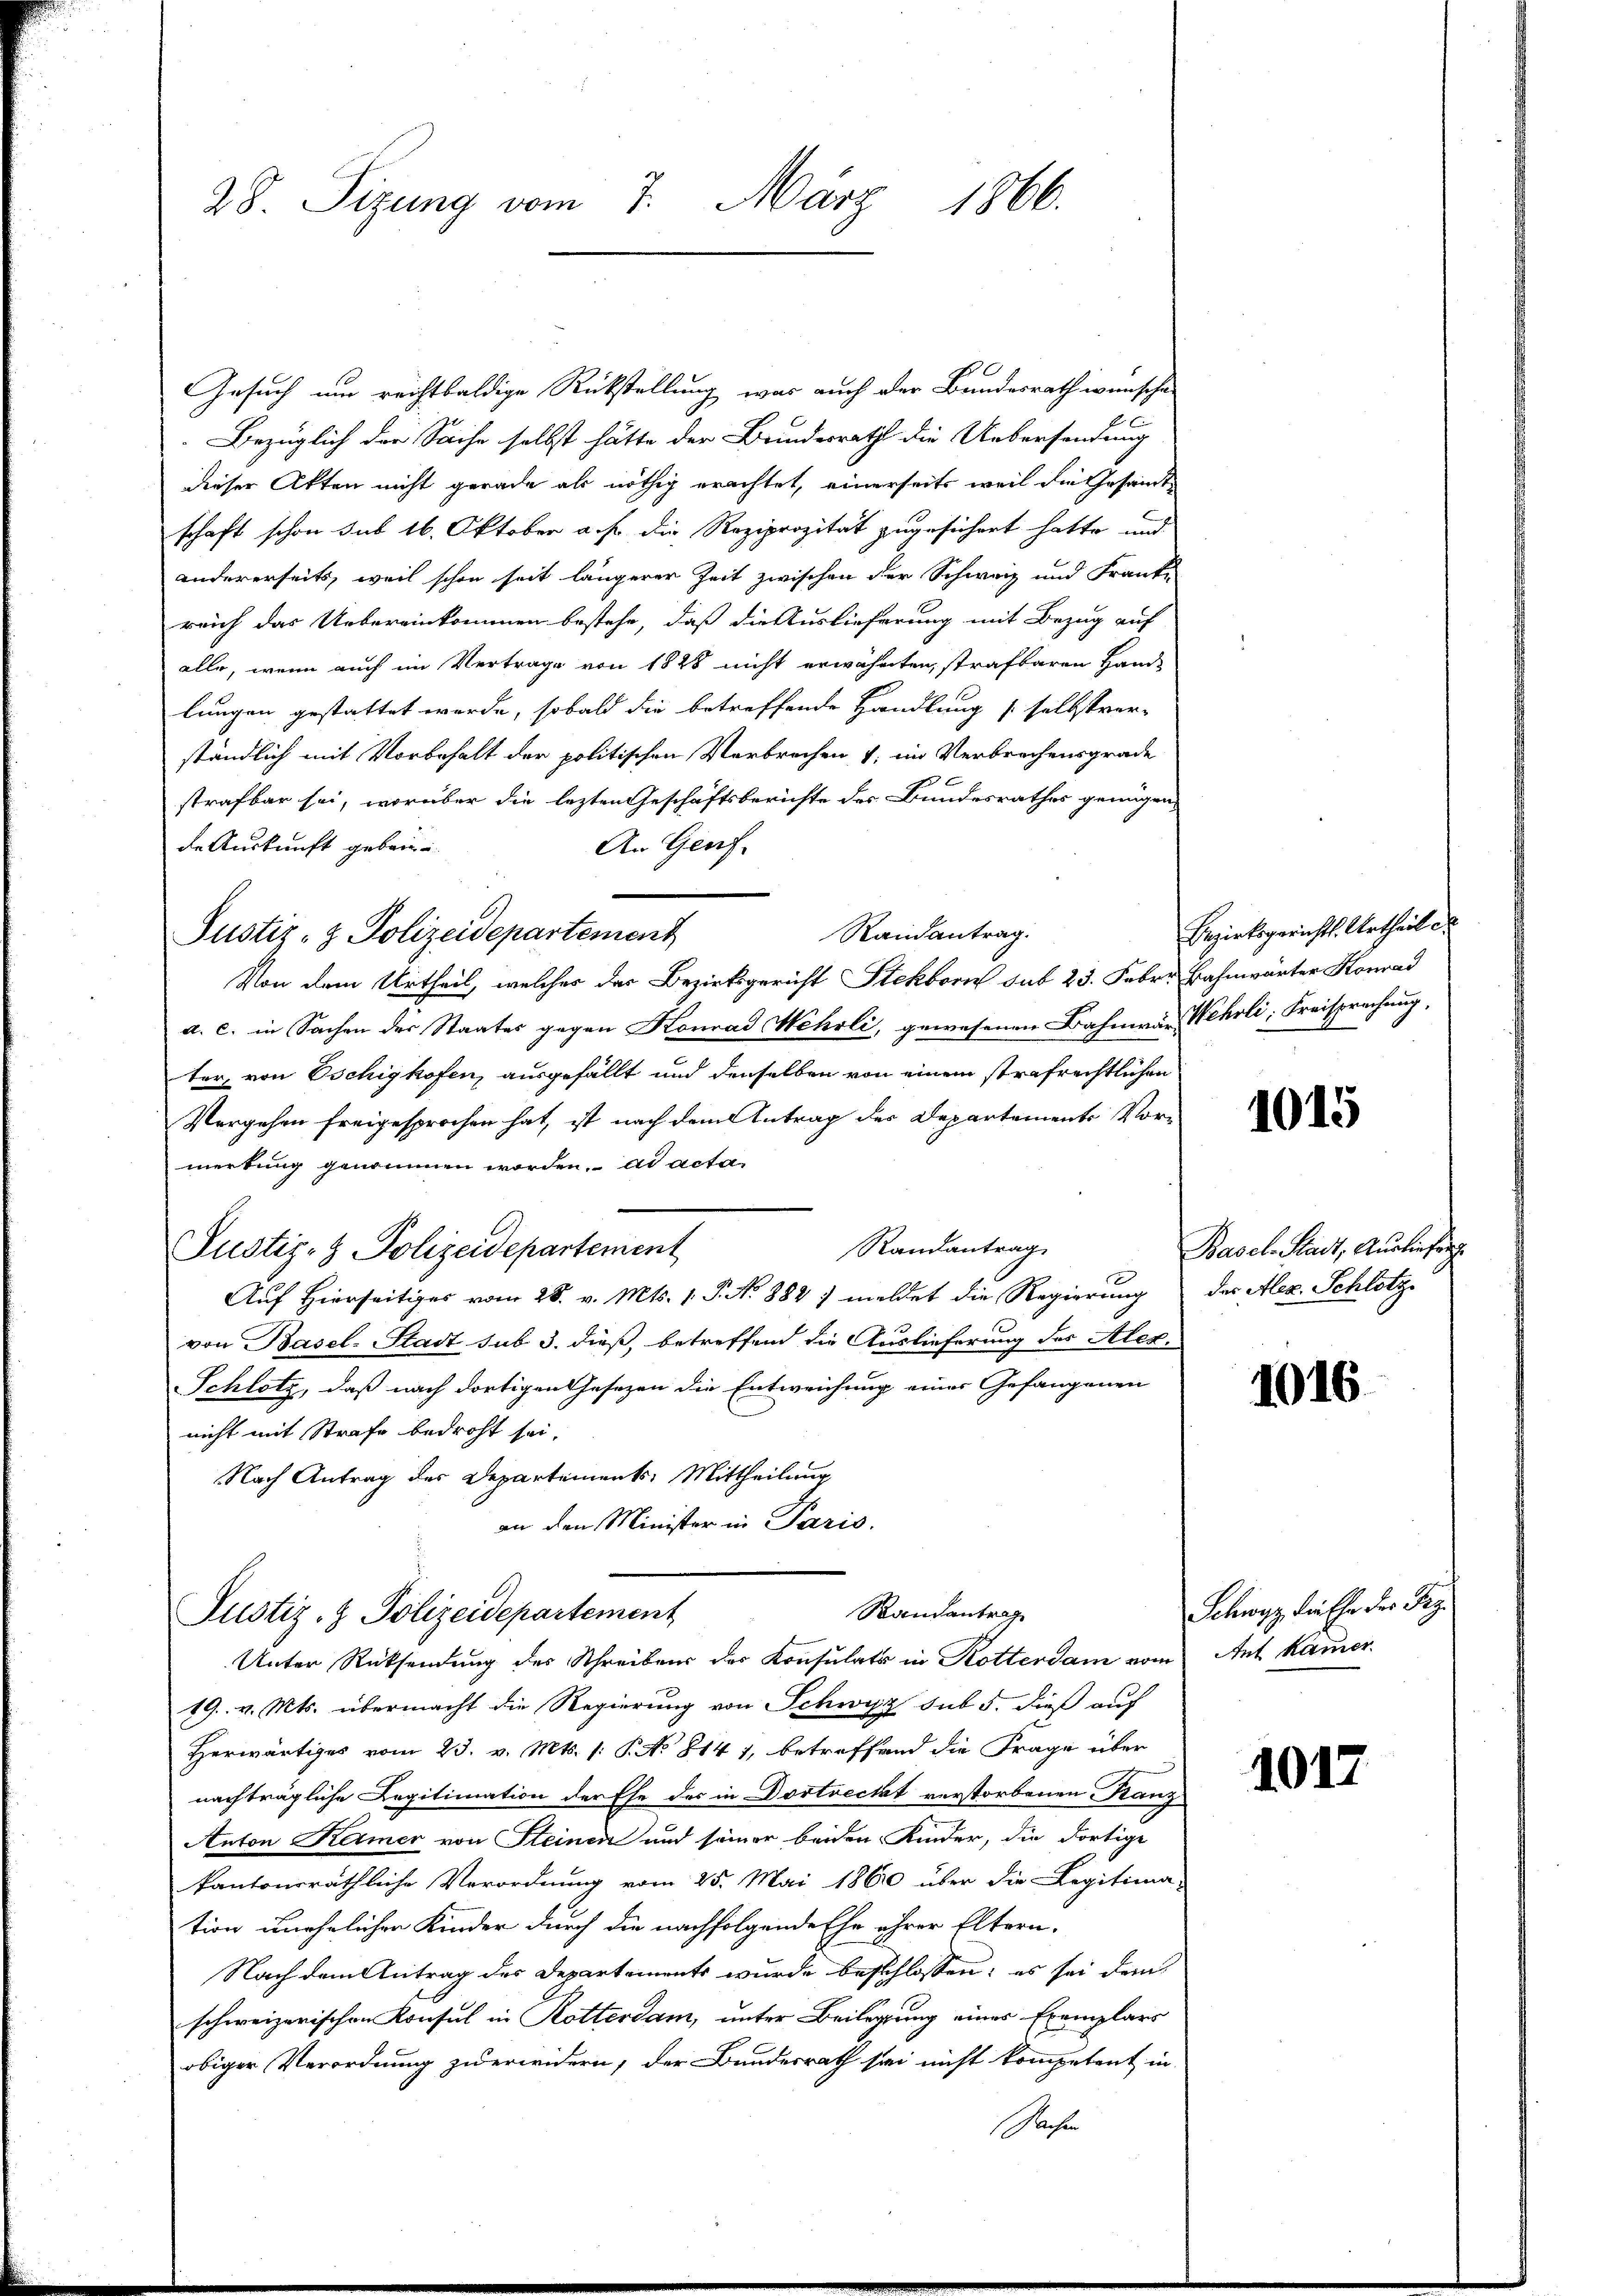
28. Sizung vom 7. März 1866.

Gesuch um reichtsaldige Rückstellung was auch der Bundesrath wünsche
Bezüglich der Sache selbst hätte der Brundesrath die Uebersendung
dieser Akten nicht gerade als nöthig erachtet, einerseits weil die Gesamt
schaft schon sub 16. Oktober a. f. die Reziprozität zugesichert hatte und
andererseits, weil schon seit längerer Zeit zwischen der Schweiz und Franke
reich das Uebereinkommen bestehe, daß die Auslieferung mit Bezug auf
alle, wenn auch im Vertrage von 1828 nicht erwähnten, strafbaren Hand-
lungen gestattet werde, sobald die betreffende Handlung / selbstver-
ständlich mit Vorbehalt der politischen Verbrechen 4, im Verbrechensgrade
strafbar sei, worüber die lezten Geschäftsberichte des Bundesrathes genügen,
de Auskunft geben
An Genf.
Randantrag.
Justiz- & Polizeidepartement
Von dem Urtheil, welches das Bezirksgericht Stekborn sub 23. Febr. Bahnwärter Konrad
a. c. in Sachen des Staates gegen Konrad Wehrli, gewesenen Bahnar Wehrli, Freisprechung,
ter, von Oschighofen, ausgefällt und denselben von einem strafrechtlichen
Vergehen freigesprochen hat, ist nach dem Antrag der Departements Vor-
merkung genommen worden. ad acta
Randantrag
Justiz- & Polizeidepartement
Auf Hierseitiges vom 28. v. Mts. 1. P. No 882 / meldet die Regierung der Alex. Schlotz
von Basel-Stadt sub 3. dieß, betreffend die Auslieferung des Alexi
Schlotz, daß nach dortigen Gesezen die Entweichung eines Gefangenen
nicht mit Strafe bedroht sei,
Nach Antrag des Departements Mittheilung
an den Minister in Paris.
Randantrag
Justiz- & Polizeidepartement
Unter Rücksendung des Schreibens des Konsulats in Rotterdam vom
19. v. Mts. übermacht die Regierung von Schwyz sub 5. dieß auf
Herwärtiges vom 23. v. Mts. 1: P. No 814), betreffend die Frage über
nachträgliche Legitimation der Ehe der in Dostreckt verstorbenen Franz
Anton Keimer von Steinen und seiner beiden Kinder, die dortige
kantonsräthliche Verordnung vom 25. Mai 1860 über die Legitima-
tion unehelichen Kinder durch die nachfolgende Ehe ihrer Eltern-
Nach dem Antrag des Departements wurde beschlossen: es sei der
schweizerischen Konsul in Rotterdam, unter Beilegung eines Exemplars
obiger Verordnung zu erwidern, der Bundesrath sei nicht kompetent in
Gaesen

Bezirksgericht. Urtheil es

1015

Basel Radt, Ausliefer

1016.

Schwyz die Ehe der Tag.
Ant Kamer

1017